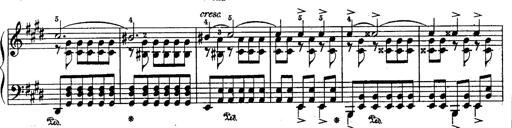
Title: Schubert's Impromptus [revised and edited by Franz Liszt]
Composer: Franz Liszt